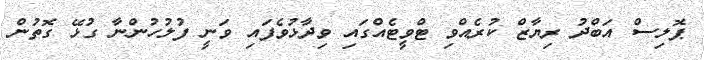
ޕޮލިސް އަބްދު ރިޔާޒް ކުރެއްވި ޓްވީޓެއްގައި ވިދާޅުވެފައި ވަނީ ފުލުހުންނާ ގުޅޭ ގޮތުން